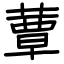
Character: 蕈